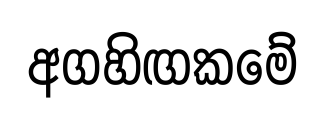
අගහිඟකමේ